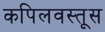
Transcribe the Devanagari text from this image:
कपिलवस्तूस